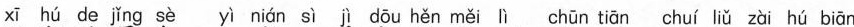
xī hú de jǐng sè yì nián sì jì dōu hěn měi lì chūn tiān chuí liǔ zài hú biān